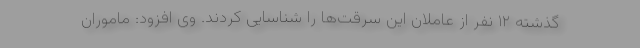
گذشته ۱۲ نفر از عاملان این سرقت‌ها را شناسایی کردند. وی افزود: ماموران